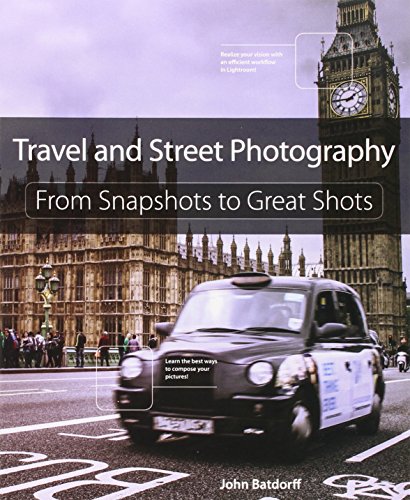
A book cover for Travel and Street Photography: From Snapshots to Great Shots; John Batdorff; Arts & Photography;